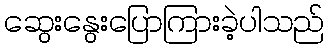
ဆွေးနွေးပြောကြားခဲ့ပါသည်